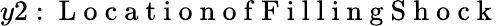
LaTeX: y2:\mathrm{~L~o~c~a~t~i~o~n~o~f~F~i~l~l~i~n~g~S~h~o~c~k~}